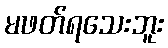
မဖတ်ရသေးဘူး